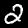
Digit: 2